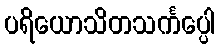
ပရိယောသိတသင်္ကပ္ပေါ